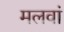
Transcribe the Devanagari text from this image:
मलवां